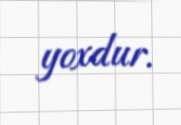
yoxdur.